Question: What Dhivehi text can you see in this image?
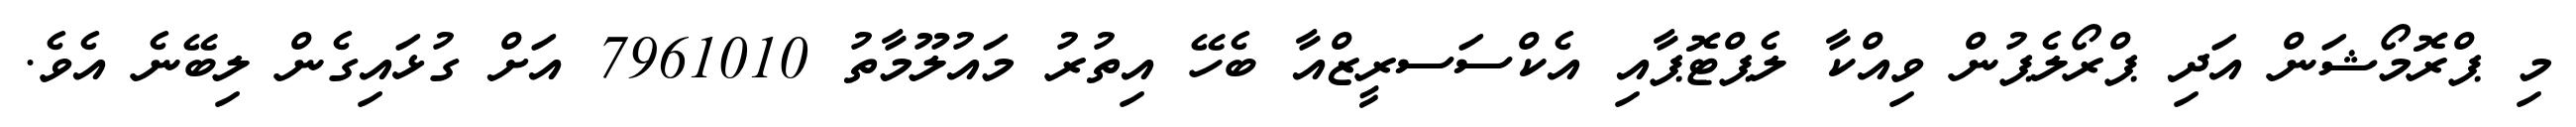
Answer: މި ޕްރޮމޯޝަން އަދި ޕްރޯލެޕުން ވިއްކާ ލެޕްޓޮޕާއި އެކްސަސރީޒްއާ ބެހޭ އިތުރު މައުލޫމާތު 7961010 އަށް ގުޅައިގެން ލިބޭނެ އެވެ.